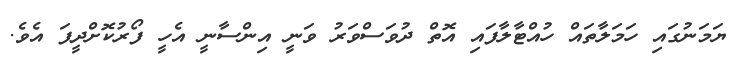
ޔަމަނުގައި ހަމަލާތައް ހުއްޓާލާފައި އޮތް ދުވަސްވަރު ވަނީ އިންސާނީ އެހީ ފޯރުކޮށްދީފަ އެވެ.